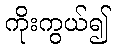
ကိုးကွယ်၍